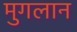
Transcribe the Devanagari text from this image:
मुगलान